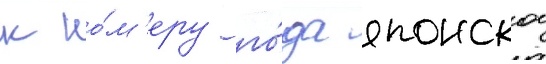
к но́м'еру го́да японскои